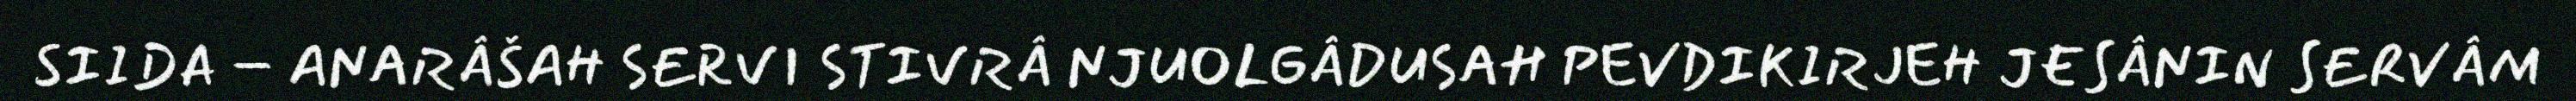
SIIDA – ANARÂŠAH SERVI STIVRÂ NJUOLGÂDUSAH PEVDIKIRJEH JESÂNIN SERVÂM